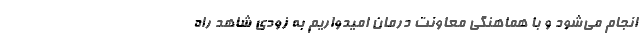
انجام می‌شود و با هماهنگی معاونت درمان امیدواریم به زودی شاهد راه